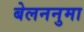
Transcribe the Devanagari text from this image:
बेलननुमा